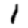
Digit: 1